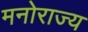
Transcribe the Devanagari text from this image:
मनोराज्य